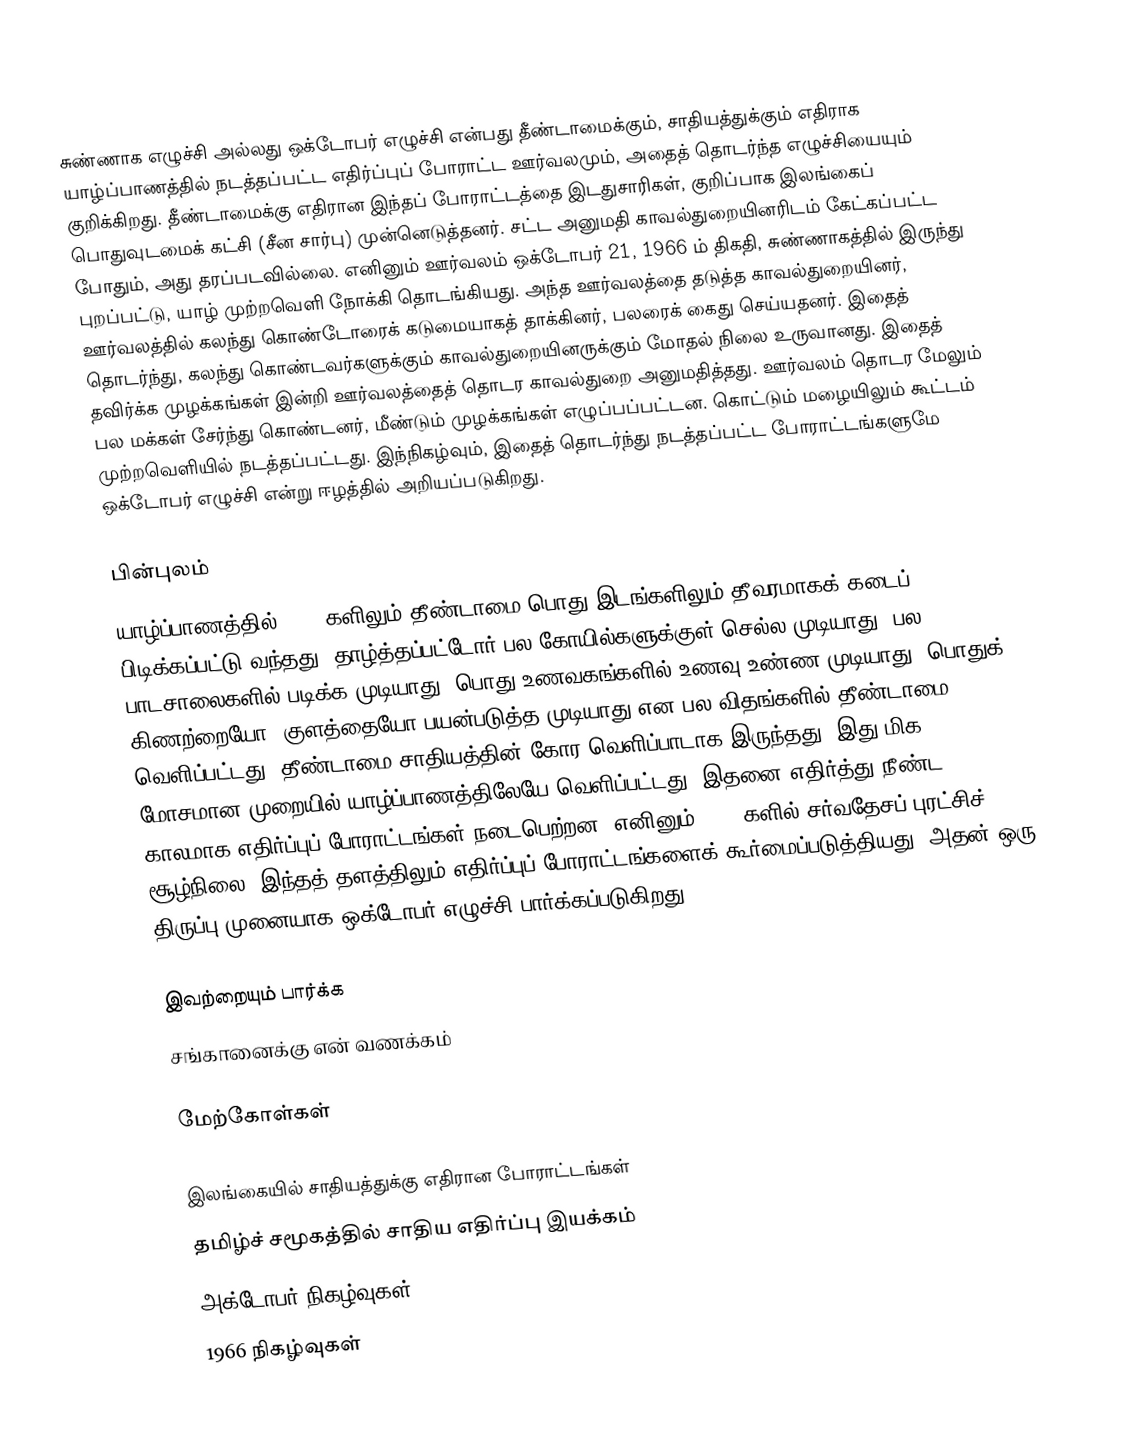
சுண்ணாக எழுச்சி அல்லது ஒக்டோபர் எழுச்சி என்பது தீண்டாமைக்கும், சாதியத்துக்கும் எதிராக யாழ்ப்பாணத்தில் நடத்தப்பட்ட எதிர்ப்புப் போராட்ட ஊர்வலமும், அதைத் தொடர்ந்த எழுச்சியையும் குறிக்கிறது. தீண்டாமைக்கு எதிரான இந்தப் போராட்டத்தை இடதுசாரிகள், குறிப்பாக இலங்கைப் பொதுவுடமைக் கட்சி (சீன சார்பு) முன்னெடுத்தனர். சட்ட அனுமதி காவல்துறையினரிடம் கேட்கப்பட்ட போதும், அது தரப்படவில்லை. எனினும் ஊர்வலம் ஒக்டோபர் 21, 1966 ம் திகதி, சுண்ணாகத்தில் இருந்து புறப்பட்டு, யாழ் முற்றவெளி நோக்கி தொடங்கியது. அந்த ஊர்வலத்தை தடுத்த காவல்துறையினர், ஊர்வலத்தில் கலந்து கொண்டோரைக் கடுமையாகத் தாக்கினர், பலரைக் கைது செய்யதனர். இதைத் தொடர்ந்து, கலந்து கொண்டவர்களுக்கும் காவல்துறையினருக்கும் மோதல் நிலை உருவானது. இதைத் தவிர்க்க முழக்கங்கள் இன்றி ஊர்வலத்தைத் தொடர காவல்துறை அனுமதித்தது.  ஊர்வலம் தொடர மேலும் பல மக்கள் சேர்ந்து கொண்டனர், மீண்டும் முழக்கங்கள் எழுப்பப்பட்டன. கொட்டும் மழையிலும் கூட்டம் முற்றவெளியில் நடத்தப்பட்டது. இந்நிகழ்வும், இதைத் தொடர்ந்து நடத்தப்பட்ட போராட்டங்களுமே ஒக்டோபர் எழுச்சி என்று ஈழத்தில் அறியப்படுகிறது.

பின்புலம்
யாழ்ப்பாணத்தில் 1960 களிலும் தீண்டாமை பொது இடங்களிலும் தீவரமாகக் கடைப் பிடிக்கப்பட்டு வந்தது.  தாழ்த்தப்பட்டோர் பல கோயில்களுக்குள் செல்ல முடியாது, பல பாடசாலைகளில் படிக்க முடியாது, பொது உணவகங்களில் உணவு உண்ண முடியாது, பொதுக் கிணற்றையோ, குளத்தையோ பயன்படுத்த முடியாது என பல விதங்களில் தீண்டாமை வெளிப்பட்டது.  தீண்டாமை சாதியத்தின் கோர வெளிப்பாடாக இருந்தது.  இது மிக மோசமான முறையில் யாழ்ப்பாணத்திலேயே வெளிப்பட்டது.  இதனை எதிர்த்து நீண்ட காலமாக எதிர்ப்புப் போராட்டங்கள் நடைபெற்றன.  எனினும் 1960 களில் சர்வதேசப் புரட்சிச் சூழ்நிலை, இந்தத் தளத்திலும் எதிர்ப்புப் போராட்டங்களைக் கூர்மைப்படுத்தியது.  அதன் ஒரு திருப்பு முனையாக ஒக்டோபர் எழுச்சி பார்க்கப்படுகிறது.

இவற்றையும் பார்க்க
 சங்கானைக்கு என் வணக்கம்

மேற்கோள்கள்

இலங்கையில் சாதியத்துக்கு எதிரான போராட்டங்கள்
தமிழ்ச் சமூகத்தில் சாதிய எதிர்ப்பு இயக்கம்
அக்டோபர் நிகழ்வுகள்
1966 நிகழ்வுகள்